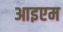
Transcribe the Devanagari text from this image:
आइएम